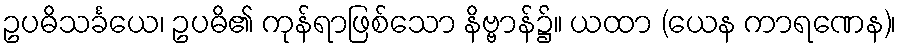
ဥပဓိသင်္ခယေ၊ ဥပဓိ၏ ကုန်ရာဖြစ်သော နိဗ္ဗာန်၌။ ယထာ (ယေန ကာရဏေန)၊